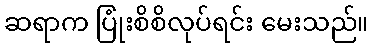
ဆရာက ပြုံးစိစိလုပ်ရင်း မေးသည်။